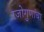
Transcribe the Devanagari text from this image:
रजोगुणांचा